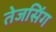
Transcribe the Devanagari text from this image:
तेजसिंग